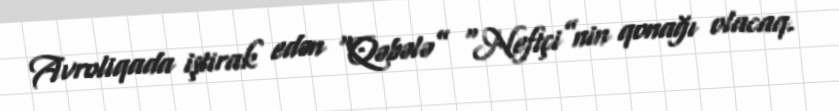
Avroliqada iştirak edən “Qəbələ” “Neftçi”nin qonağı olacaq.